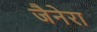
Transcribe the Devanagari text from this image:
जैनेरा